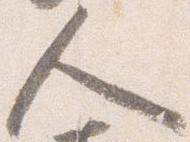
人